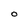
Character: O